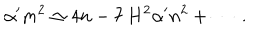
\alpha ^ { \prime } m ^ { 2 } \simeq 4 n - 7 \, H ^ { 2 } \alpha ^ { \prime } n ^ { 2 } + \cdots \; .